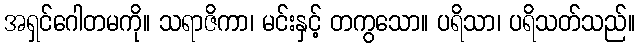
အရှင်ဂေါတမကို။ သရာဇိကာ၊ မင်းနှင့် တကွသော။ ပရိသာ၊ ပရိသတ်သည်။